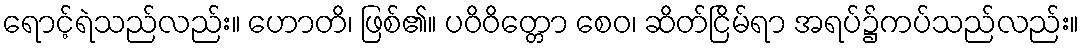
ရောင့်ရဲသည်လည်း။ ဟောတိ၊ ဖြစ်၏။ ပဝိဝိတ္တော စေဝ၊ ဆိတ်ငြိမ်ရာ အရပ်၌ကပ်သည်လည်း။